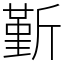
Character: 斳